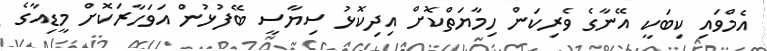
އެމްވައި ކިބަކީ އޭނާގެ ވެރިކަން ހިމާޔަތްކޮށް އިދިކޮޅު ސިޔާސީ ބޭފުޅުން އަވަހާރަކޮށް މީޑިއާގެ